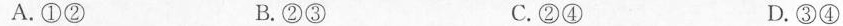
A.①② B.② ③ C.②④ D. ③④